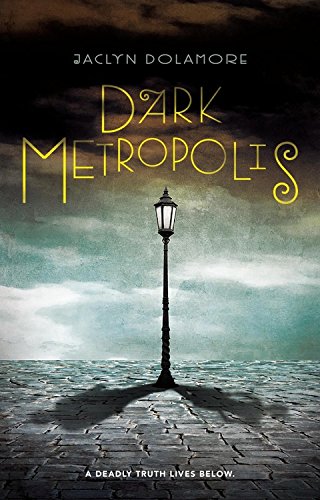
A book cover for Dark Metropolis; Jaclyn Dolamore; Teen & Young Adult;